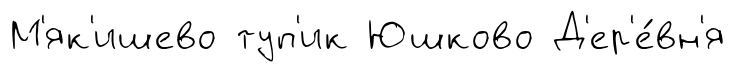
М'як'ишево туп'ик Юшково Д'ер'е́вн'я